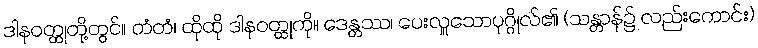
ဒါနဝတ္ထုတို့တွင်။ တံတံ၊ ထိုထို ဒါနဝတ္ထုကို။ ဒေန္တဿ၊ ပေးလှူသောပုဂ္ဂိုလ်၏ (သန္တာန်၌ လည်းကောင်း)